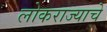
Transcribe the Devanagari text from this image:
लोकराज्याचे